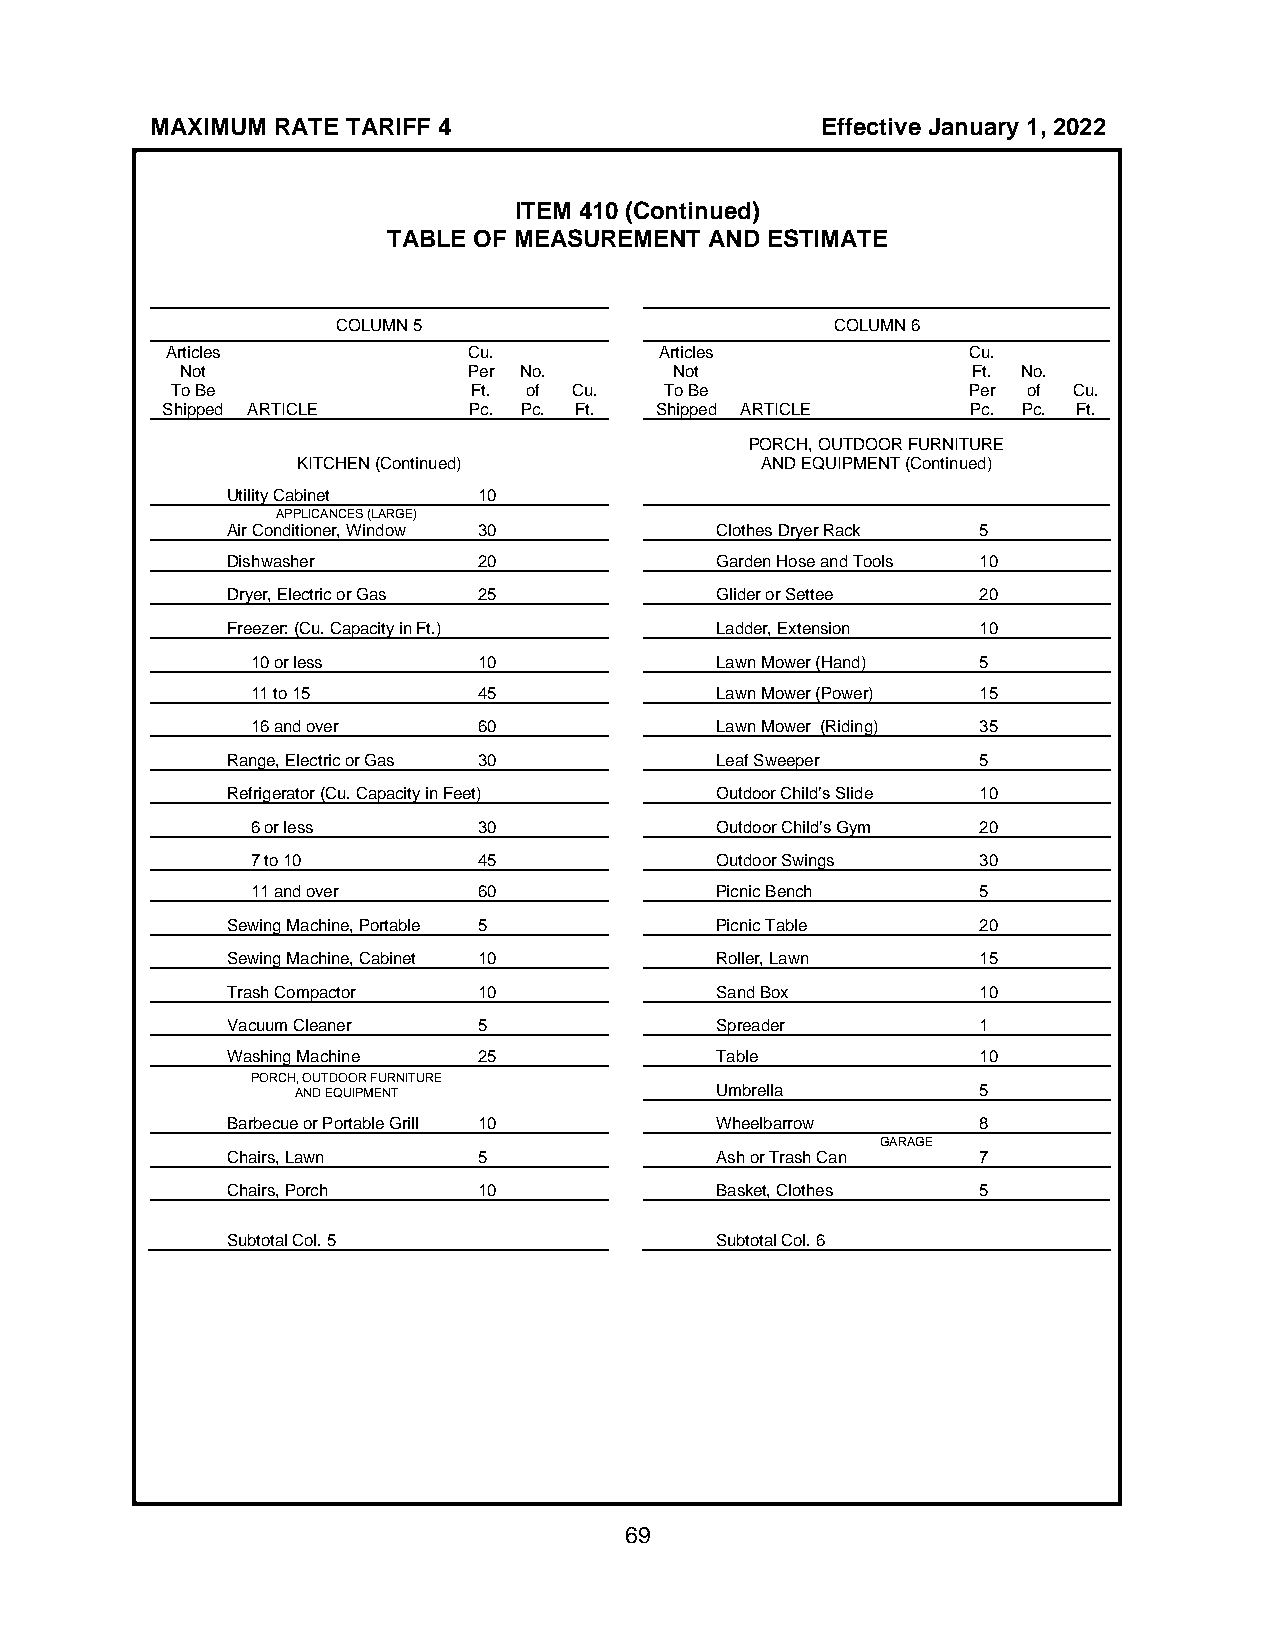
MAXIMUM RATE TARIFF 4                       Effective January 1, 2022
 ITEM 410 (Continued)
 TABLE OF MEASUREMENT AND ESTIMATE
 COLUMN 5                         COLUMN 6
 Articles            Cu.          Articles            Cu.
 Not                Per No.       Not                Ft. No.
 To Be               Ft. of Cu.   To Be               Per of Cu.
 Shipped ARTICLE     Pc. Pc. Ft. Shipped ARTICLE      Pc. Pc. Ft.
 PORCH, OUTDOOR FURNITURE
 KITCHEN (Continued)           AND EQUIPMENT (Continued)
 Utility Cabinet  10
 APPLICANCES (LARGE)
 Air Conditioner, Window 30      Clothes Dryer Rack 5
 Dishwasher       20             Garden Hose and Tools 10
 Dryer, Electric or Gas 25       Glider or Settee  20
 Freezer: (Cu. Capacity in Ft.)  Ladder, Extension 10
 10 or less     10             Lawn Mower (Hand) 5
 11 to 15       45             Lawn Mower (Power) 15
 16 and over    60             Lawn Mower (Riding) 35
 Range, Electric or Gas 30       Leaf Sweeper      5
 Refrigerator (Cu. Capacity in Feet) Outdoor Child’s Slide 10
 6 or less      30             Outdoor Child’s Gym 20
 7 to 10        45             Outdoor Swings    30
 11 and over    60             Picnic Bench      5
 Sewing Machine, Portable 5      Picnic Table      20
 Sewing Machine, Cabinet 10      Roller, Lawn      15
 Trash Compactor  10             Sand Box          10
 Vacuum Cleaner   5              Spreader          1
 Washing Machine  25             Table             10
 PORCH, OUTDOOR FURNITURE
 AND EQUIPMENT              Umbrella          5
 Barbecue or Portable Grill 10   Wheelbarrow       8
 GARAGE
 Chairs, Lawn     5              Ash or Trash Can  7
 Chairs, Porch    10             Basket, Clothes   5
 Subtotal Col. 5                 Subtotal Col. 6
 69